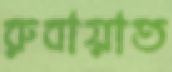
রুবায়াত